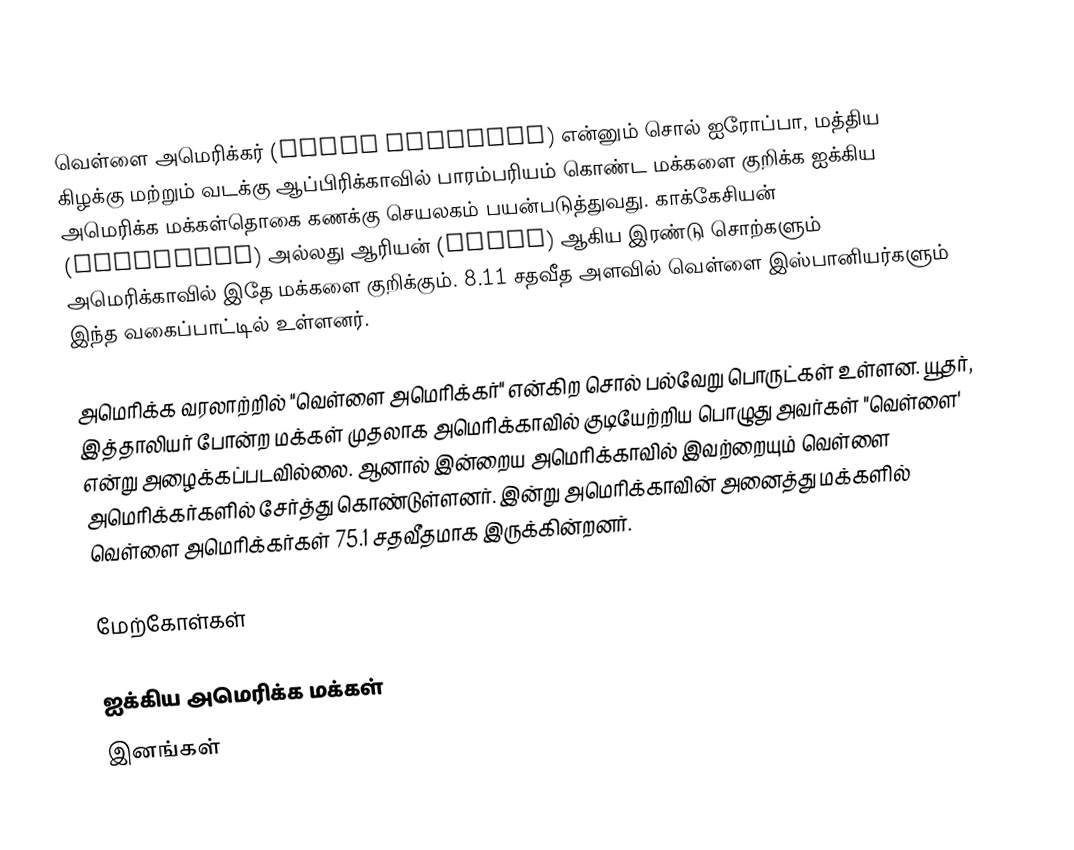
வெள்ளை அமெரிக்கர் (White American) என்னும் சொல் ஐரோப்பா, மத்திய கிழக்கு மற்றும் வடக்கு ஆப்பிரிக்காவில் பாரம்பரியம் கொண்ட மக்களை குறிக்க ஐக்கிய அமெரிக்க மக்கள்தொகை கணக்கு செயலகம் பயன்படுத்துவது. காக்கேசியன் (Caucasian) அல்லது ஆரியன் (Aryan) ஆகிய இரண்டு சொற்களும் அமெரிக்காவில் இதே மக்களை குறிக்கும். 8.11 சதவீத அளவில் வெள்ளை இஸ்பானியர்களும் இந்த வகைப்பாட்டில் உள்ளனர்.

அமெரிக்க வரலாற்றில் "வெள்ளை அமெரிக்கர்" என்கிற சொல் பல்வேறு பொருட்கள் உள்ளன. யூதர், இத்தாலியர் போன்ற மக்கள் முதலாக அமெரிக்காவில் குடியேற்றிய பொழுது அவர்கள் "வெள்ளை' என்று அழைக்கப்படவில்லை. ஆனால் இன்றைய அமெரிக்காவில் இவற்றையும் வெள்ளை அமெரிக்கர்களில் சேர்த்து கொண்டுள்ளனர். இன்று அமெரிக்காவின் அனைத்து மக்களில் வெள்ளை அமெரிக்கர்கள் 75.1 சதவீதமாக இருக்கின்றனர்.

மேற்கோள்கள்

ஐக்கிய அமெரிக்க மக்கள்
இனங்கள்